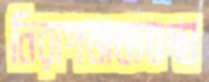
নিরাপত্তাব্যবস্থা